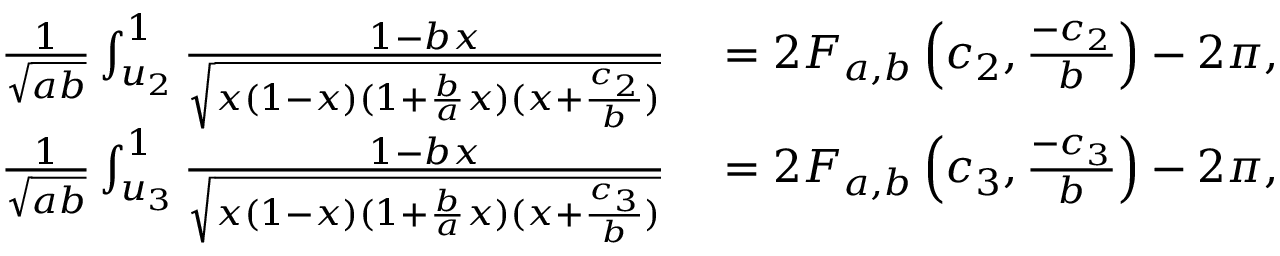
\begin{array} { r l } { \frac { 1 } { \sqrt { a b } } \int _ { u _ { 2 } } ^ { 1 } \frac { 1 - b x } { \sqrt { x ( 1 - x ) ( 1 + \frac { b } { a } x ) ( x + \frac { c _ { 2 } } { b } ) } } } & { { } = 2 F _ { a , b } \left( c _ { 2 } , \frac { - c _ { 2 } } { b } \right) - 2 \pi , } \\ { \frac { 1 } { \sqrt { a b } } \int _ { u _ { 3 } } ^ { 1 } \frac { 1 - b x } { \sqrt { x ( 1 - x ) ( 1 + \frac { b } { a } x ) ( x + \frac { c _ { 3 } } { b } ) } } } & { { } = 2 F _ { a , b } \left( c _ { 3 } , \frac { - c _ { 3 } } { b } \right) - 2 \pi , } \end{array}